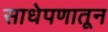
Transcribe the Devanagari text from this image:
साधेपणातून